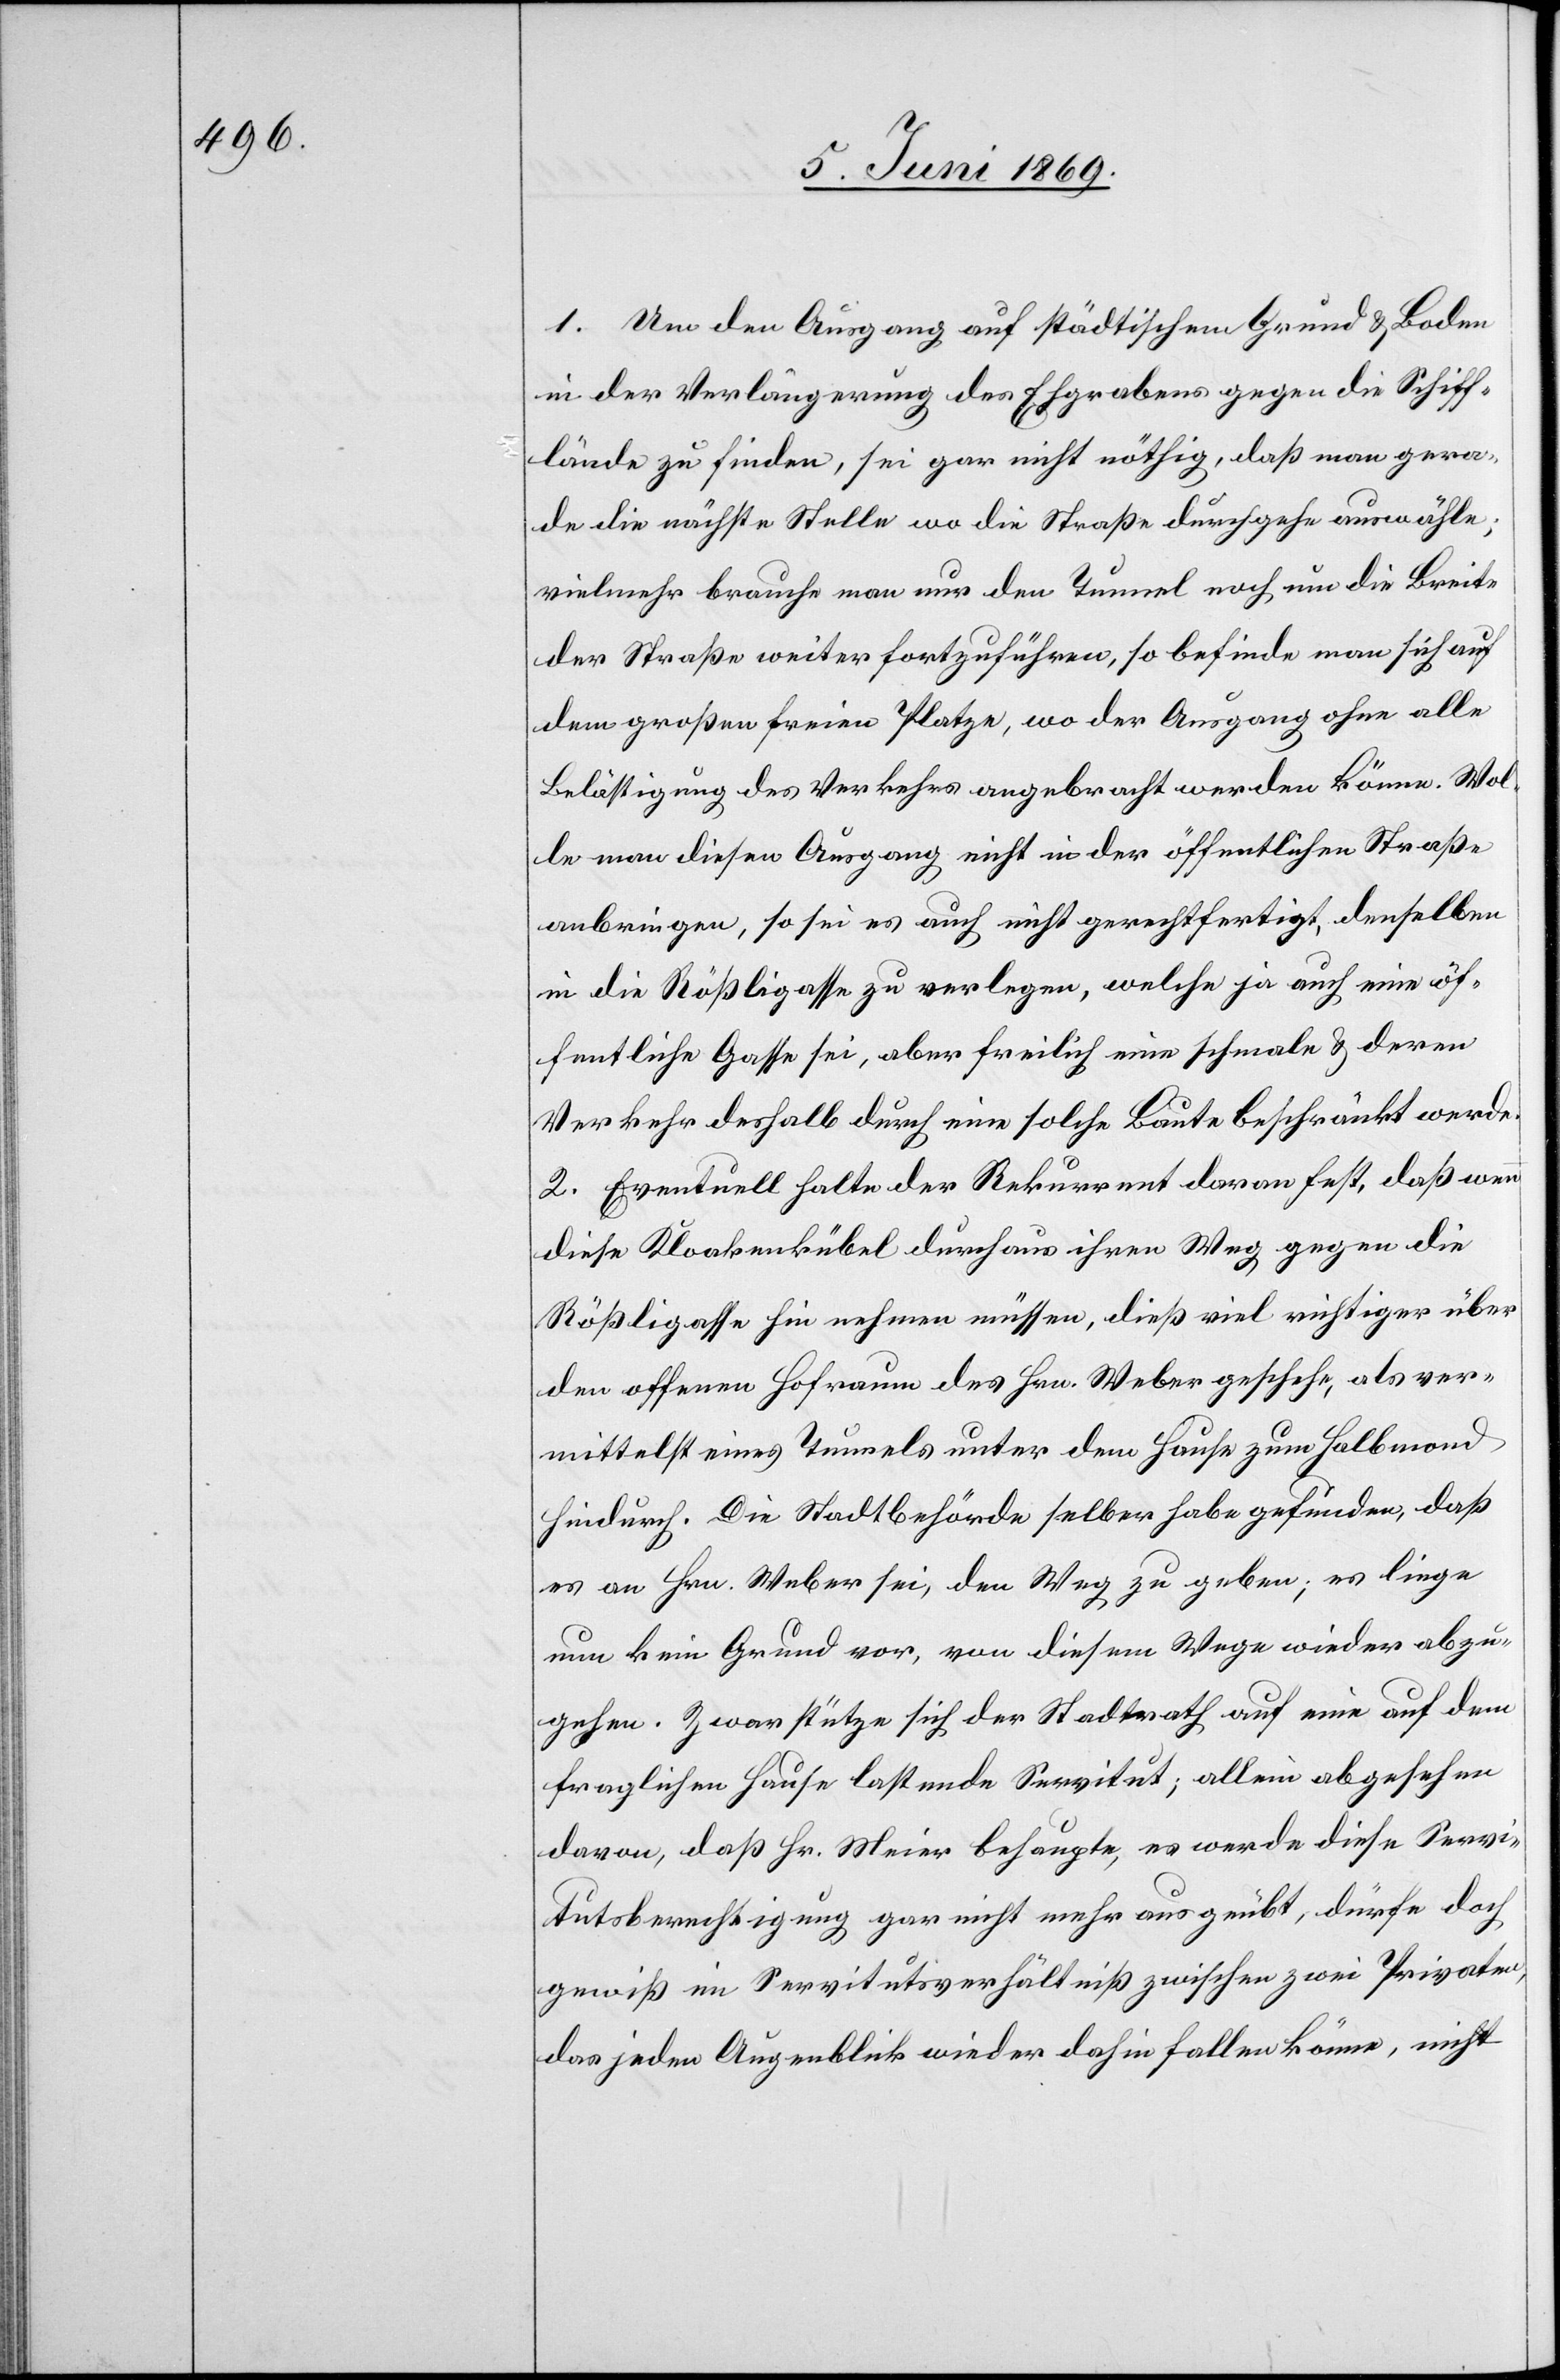
1. Um den Ausgang auf städtischen Grund u. Boden
in der Verlängerung des Ehgrabens gegen die Schiff¬
lände zu finden, sei gar nicht nöthig, daß man gera¬
de die nächste Stelle wo die Straße durchgehe auswähle;
vielmehr brauche man nur den Tunnel noch um die Breite
der Straße weiter fortzuführen, so befinde man sich auf
dem großen freien Platze, wo der Ausgang ohne alle
Belästigung des Verkehrs angebracht werden könne. Wol¬
le man diesen Ausgang nicht in der öffentlichen Straße
anbringen, so sei es auch nicht gerechtfertigt, denselben
in die Rößligasse zu verlegen, welche ja auch eine öf¬
fentliche Gasse sei, aber freilich eine schmale u. deren
Verkehr deshalb durch eine solche Baute beschränkt werde.
2. Eventuell halte der Rekurrent daran fest, daß wenn
diese Kloakenkübel durchaus ihren Weg gegen die
Rößligasse hin nehmen müssen, dieß viel wichtiger über
den offenen Hofraum des Hrn. Weber geschehe, als ver¬
mittelst eines Tunnels unter dem Hause zum Halbmond
hindurch. Die Stadtbehörde selber habe gefunden, daß
es an Hrn. Weber sei, den Weg zu geben; es liege
nun kein Grund vor, von diesem Wege wieder abzu¬
gehen. Zwar stütze sich der Stadtrath auf eine dem
fraglichen Hause lastende Servitut; allein abgesehen
davon, daß Hr. Meier behaupte, es werde diese Servi¬
tutsberechtigung gar nicht mehr ausgeübt, dürfe doch
gewiß im Servitutsverhältniß zwischen zwei Privaten,
das jeden Augenblick wieder dahin fallen könne, nicht